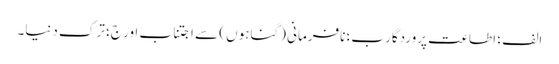
الف ؛ اطاعت پروردگار ب؛ نافرمانی (گناہوں ) سے اجتناب اور ج؛ ترک دنیا۔